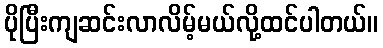
ပိုပြီးကျဆင်းလာလိမ့်မယ်လို့ထင်ပါတယ်။